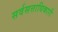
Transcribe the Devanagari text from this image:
सर्वसत्ताधिकारी